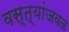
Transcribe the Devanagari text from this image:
वस्त्यांजवळ